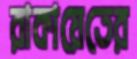
রাকায়েতের